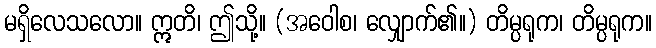
မရှိလေသလော။ ဣတိ၊ ဤသို့။ (အဝေါစ၊ လျှောက်၏။) တိမ္ပရုက၊ တိမ္ပရုက။